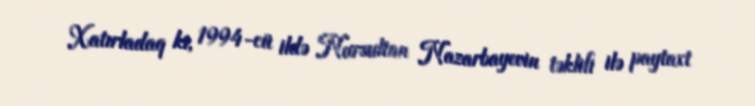
Xatırladaq ki, 1994-cü ildə Nursultan Nazarbayevin təklifi ilə paytaxt